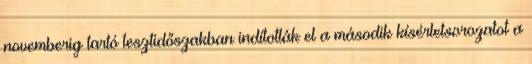
novemberig tartó tesztidőszakban indították el a második kísérletsorozatot a